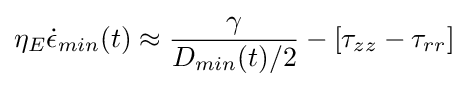
\eta _{E}{\dot {\epsilon }}_{min}(t)\approx {\frac {\gamma }{D_{min}(t)/2}}-\left[\tau _{zz}-\tau _{rr}\right]